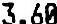
3.60